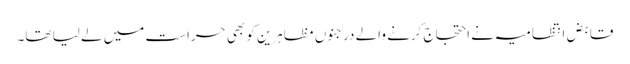
قابض انتظامیہ نے احتجاج کرنے والے درجنوں مظاہرین کو بھی حراست میں لے لیا تھا۔